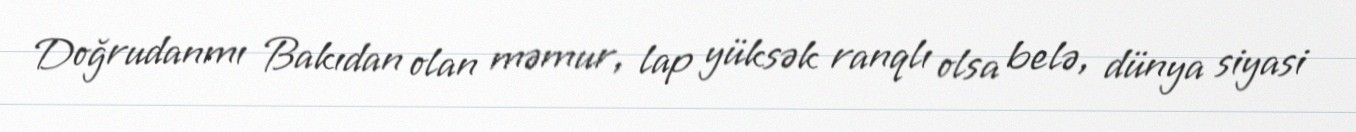
Doğrudanmı Bakıdan olan məmur, lap yüksək ranqlı olsa belə, dünya siyasi